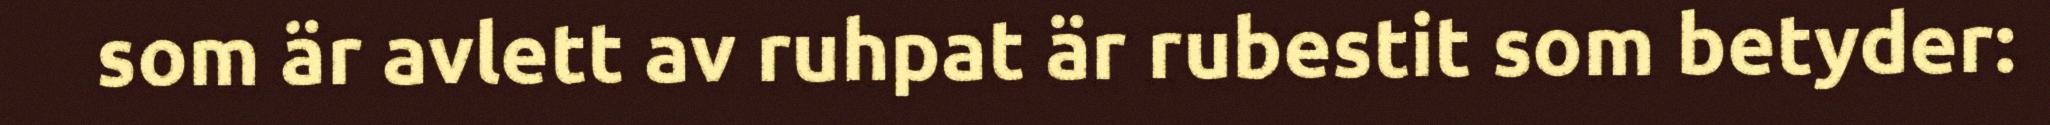
som är avlett av ruhpat är rubestit som betyder: